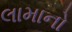
લામાનો